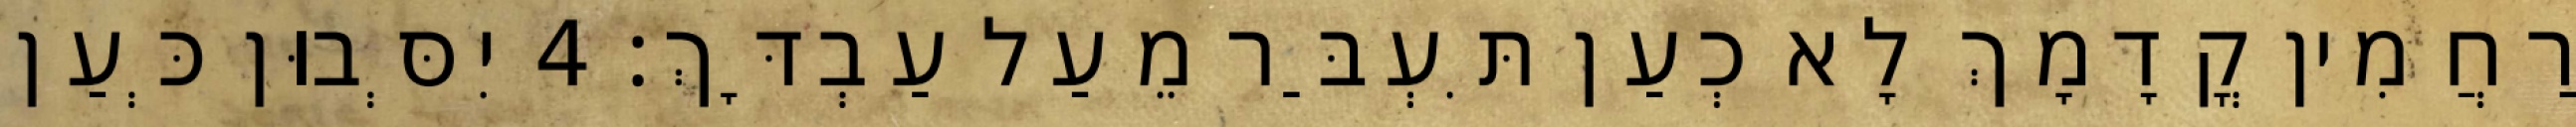
רַחֲמִין קֳדָמָךְ לָא כְעַן תִּעְבַּר מֵעַל עַבְדָּךְ׃ 4 יִסְּבוּן כְּעַן